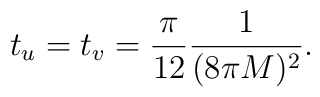
t_u=t_v={\pi \over 12} {1 \over (8 \pi M)^2}.